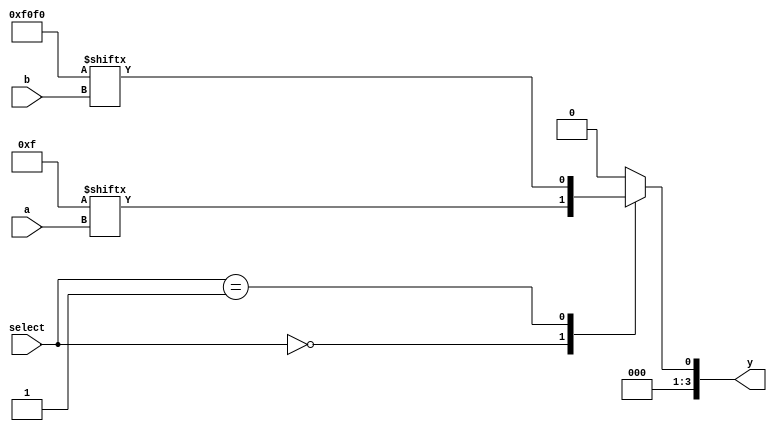
module combinational_logic_block (
    input wire [3:0] a,           // 4-bit input for LUT1
    input wire [3:0] b,           // 4-bit input for LUT2
    input wire [3:0] select,      // Selection input for LUTs
    output wire [3:0] y           // 4-bit output
);

// LUT configurations (truth tables)
reg [15:0] lut1; // 16 possible combinations for 4 inputs
reg [15:0] lut2; // 16 possible combinations for 4 inputs

// Output signal
wire [3:0] lut_output;

// Assign LUT outputs based on select signal
always @(*) begin
    // Configure LUT1 (example: AND function)
    lut1 = 16'b0000000000001111;  // a0 AND a1 AND a2 AND a3
    
    // Configure LUT2 (example: OR function)
    lut2 = 16'b1111000011110000;  // b0 OR b1 OR b2 OR b3

    case (select)
        4'b0000: lut_output = lut1[a]; // Output from LUT1
        4'b0001: lut_output = lut2[b]; // Output from LUT2
        // Add more cases for additional LUTs or functions if needed
        default: lut_output = 4'b0000; // Default case
    endcase
end

// Assign the output of the selected LUT to the output of the block
assign y = lut_output;

endmodule